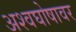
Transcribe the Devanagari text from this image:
अश्वघोषावर